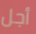
أجل